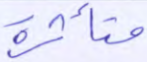
متأثرة